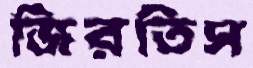
জিরতিস